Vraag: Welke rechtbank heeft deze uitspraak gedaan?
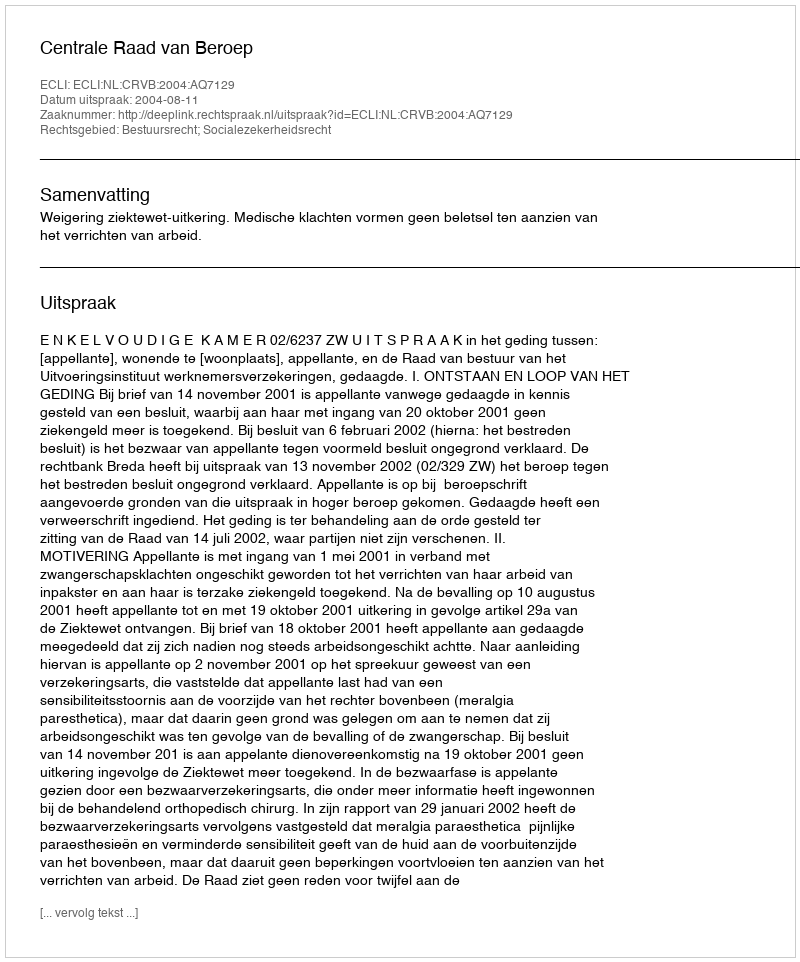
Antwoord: Centrale Raad van Beroep